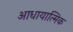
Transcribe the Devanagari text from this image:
आधायात्मिक